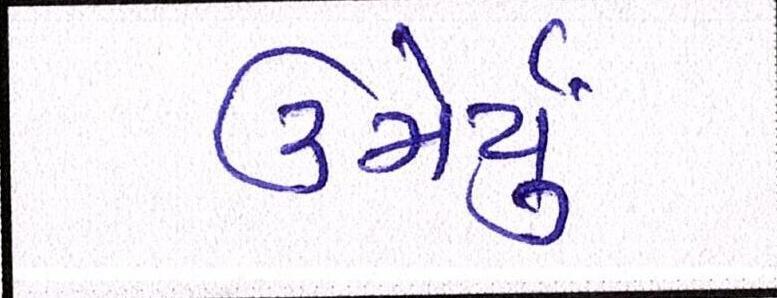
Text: ઉમેર્યું